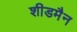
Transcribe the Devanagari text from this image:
शीडमैन